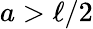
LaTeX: a>\ell/2